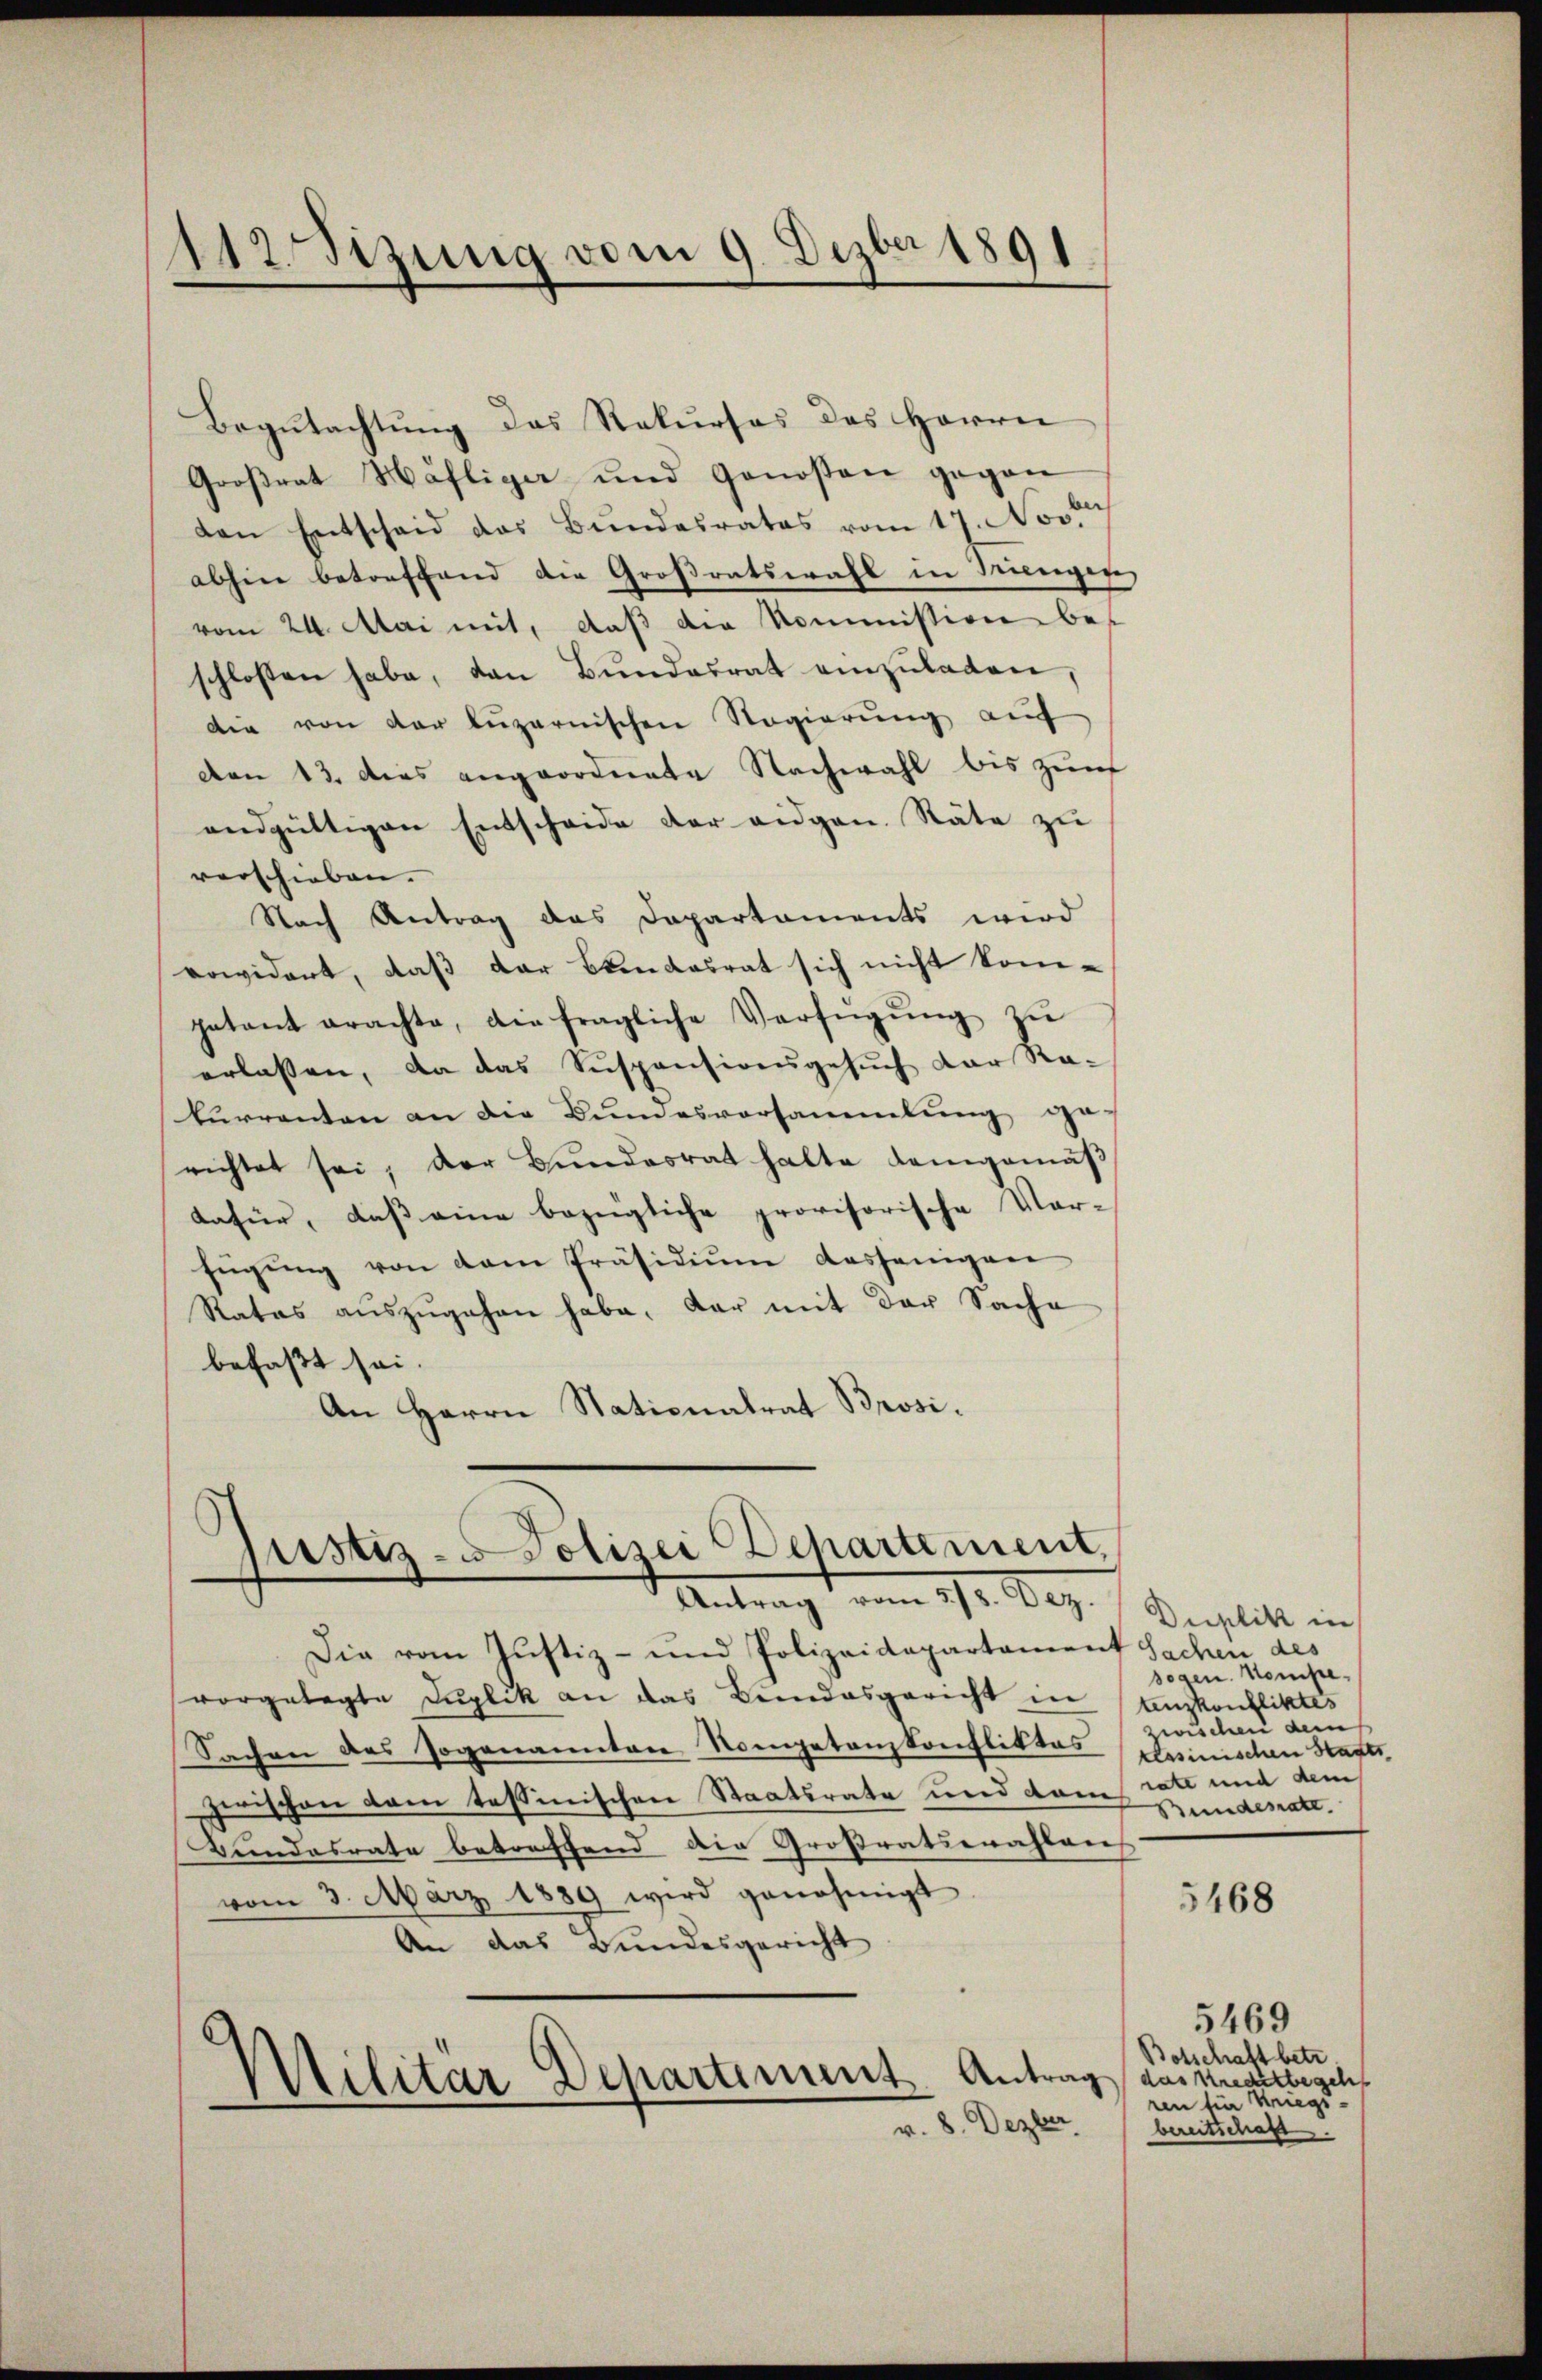
112. Sizung vom 9. Dezbr 1891
—
—

Begŭtachtŭng das Rekurses des Herrn
Großrat Häflige und Genossen gegen
den Entscheid das Bundesrates vom 17. Nov.
abhin betreffend die Großratswahl in Trienger
vom 24. Mai mit, daß die Kommission beschlossen habe, den Bŭndesrat einzŭladen,
die von der luzernischen Regierung auf
Den 13. das angeordnete Nachwahl bis zum
endgültigen Entscheide der eidgen. Stäte zu
verschieben.
Nach Antrag das Departaments wird
rowidert, daß der Blendesrat sich nicht kom-
getant erachte, die fragliche Verfügŭng zŭ
erlassen, da das Suspensionsgesuch der Ra-
kurrenten an die Bundesvorsammlung de
richtet sei, der Bundesrat halte demgemäß
dafür, dass eine bezeigliche provisorische Vor-
fügŭng von dem Präsidiŭm dasjenigen
Rates auszugehen habe, dar mit der Sache
befaßt sei.
An Herrn Stationalrat Brosi¬

Justiz-Polizei Departement,
Antrag vom 5/8. Dez.

Die vom Justiz- und Polizeidepartament Sachen des
vorgelegte Duplik an das Bundesgericht in tanzkonfliktes
Sachen des sogenannten Kompetenzkonfliktes Kasinischen Staats
zerischen dem tesseischen Staatsrate und dem rate und dem
Bundesrate betreffend die Großratswahlen
vom 3. März 1889 wird genehmigt
An das Bundesgericht
Militär Departiment
v. 8. Dezber

Duplik in
sogen. Kompewischen dem
Bundesrate.

5468

5469
Botschaft betr
Antrag das Kreditbegeh
ren für Kriegsbereitschaft